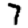
Digit: 7